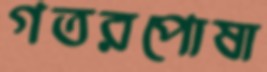
গতরপোষা